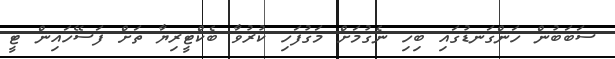
ސަބަބުން ހަންގަނޑުގައި ބިހި ނެގުމަށް މަގުފަހި ކުރުވާ ބެކްޓީރިޔާ ތަށް ފަސޭހައިން ޓީ